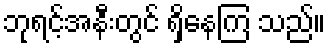
ဘုရင့်အနီးတွင် ရှိနေကြ သည်။